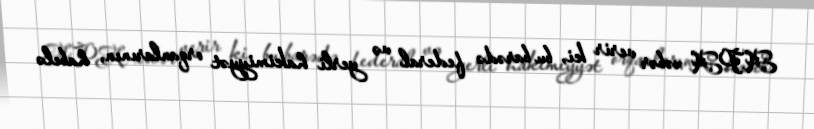
APA xəbər verir ki, bu barədə federal və yerli hakimiyyət orqanlarının, habelə